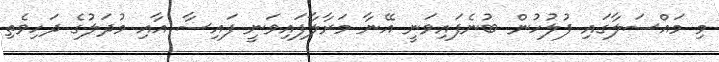
މި މައްސަލާގައި ފުލުހުން ބުނެފައިވަނީ އޭނާ މަރާލާފައިވަނީ ފައިސާ އާއި މުދަލުގެ ދަހިވެތި